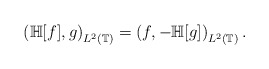
\begin{align*}\left(\mathbb H[f], g\right)_{L^2(\mathbb T)}=\left(f, -\mathbb H[g]\right)_{L^2(\mathbb T)}.\end{align*}